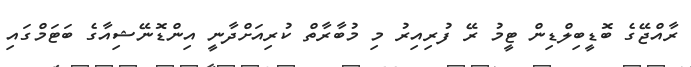
ރާއްޖޭގެ ބޮޑީބިލްޑިން ޓީމު ރޭ ފުރިއިރު މި މުބާރާތް ކުރިއަށްދާނީ އިންޑޮނޭޝިއާގެ ބަޓަމްގައި